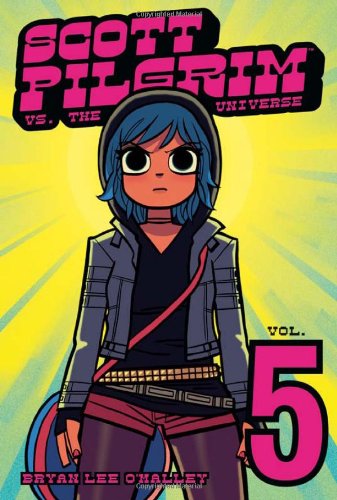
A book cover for Scott Pilgrim, Vol. 5: Scott Pilgrim vs The Universe; Bryan Lee O'Malley; Comics & Graphic Novels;